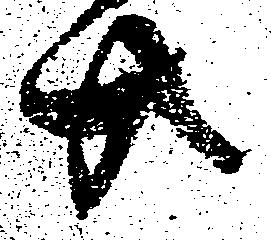
共